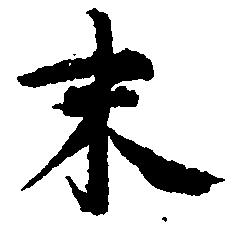
末